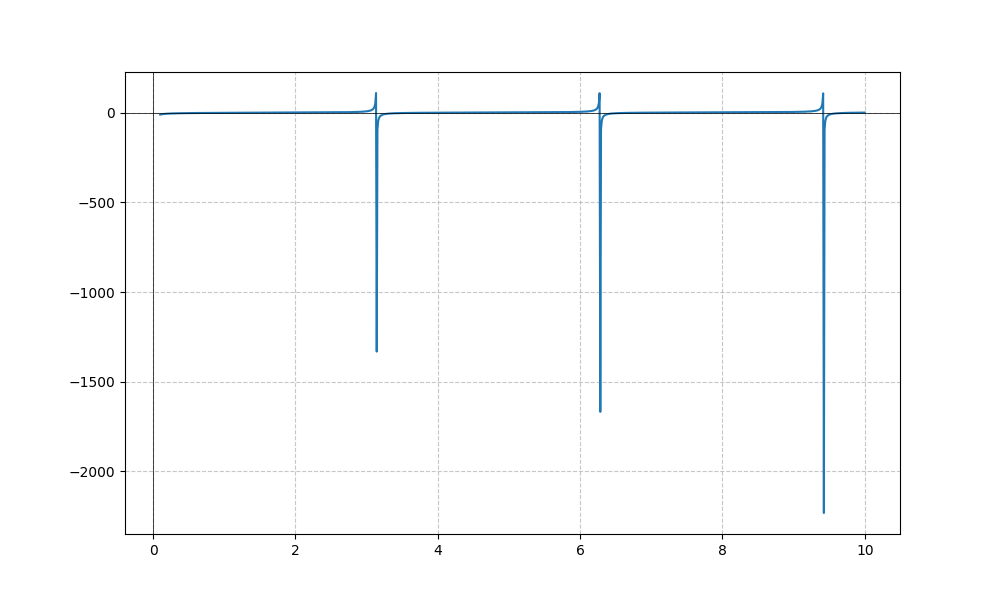
LaTeX formula: \sqrt{x} - \cot{\left(x \right)}